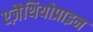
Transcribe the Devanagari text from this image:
एज़ैथियोप्राइन